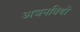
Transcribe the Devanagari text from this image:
अजनबियों